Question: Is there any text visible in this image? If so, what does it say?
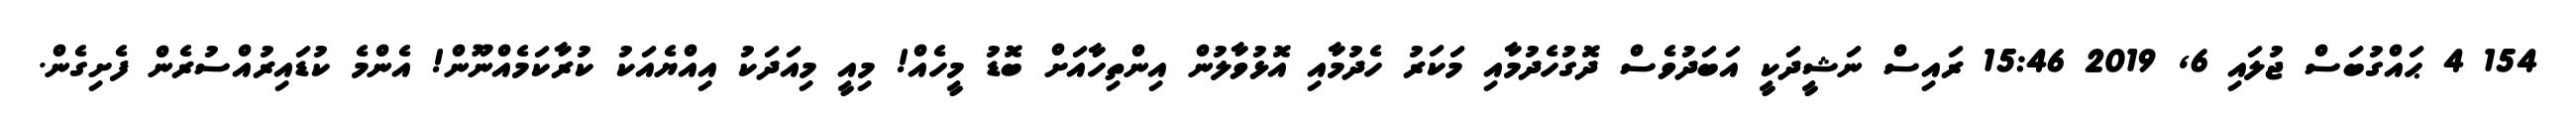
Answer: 154 4 ޙައްގުބަސް ޖުލައި 6, 2019 15:46 ރައިސް ނަޝީދަކީ އަބަދުވެސް ދޮގުހެދުމާއި މަކަރު ހެދުމާއި އޮޅުވާލުން އިންތިހާއަށް ބޮޑު މީހެއް! މިއީ މިއަދަކު އިއްޔެއަކު ކުރާކަމެއްނޫން! އެންމެ ކުޑައިރުއްސުރެން ފެށިގެން.